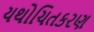
યથોચિતકરણ